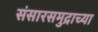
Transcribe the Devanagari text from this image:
संसारसमुद्राच्या